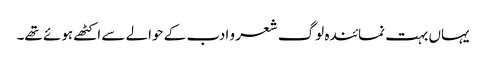
یہاں بہت نمائندہ لوگ شعر و ادب کے حوالے سے اکٹھے ہوئے تھے۔